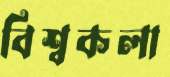
বিশ্বকলা